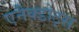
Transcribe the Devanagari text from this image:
एनैक्डोट्स